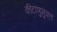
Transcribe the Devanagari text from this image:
कीटाणुमुक्त